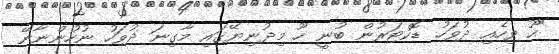
"ހޫ ވިހެއި ދުވަހު ޑޮކްޓަރުން ބުނީ ހޫ މިދުނިޔޭގައި މާގިނަ ދުވަހު ނުހުންނާނޭ